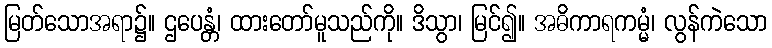
မြတ်သောအရာ၌။ ဌပေန္တံ၊ ထားတော်မူသည်ကို။ ဒိသွာ၊ မြင်၍။ အဓိကာရကမ္မံ၊ လွန်ကဲသော